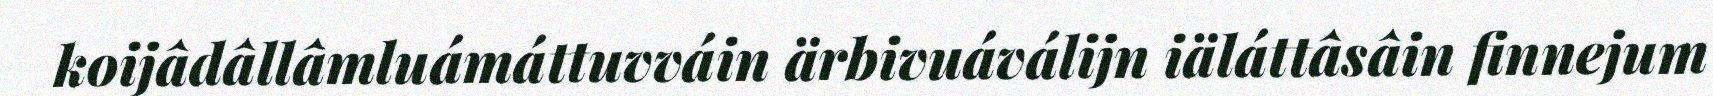
koijâdâllâmluámáttuvváin ärbivuáválijn iäláttâsâin finnejum